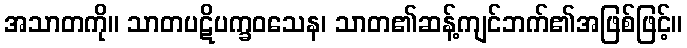
အသာတကို။ သာတပဋိပက္ခဝသေန၊ သာတ၏ဆန့်ကျင်ဘက်၏အဖြစ်ဖြင့်။